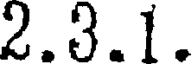
2.3.1.